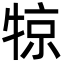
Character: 㹁